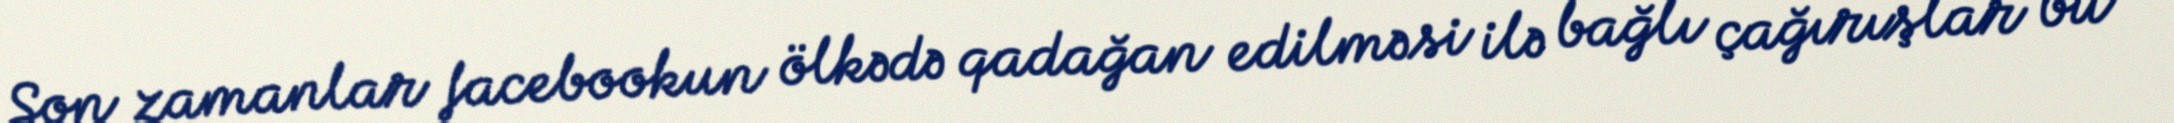
Son zamanlar facebookun ölkədə qadağan edilməsi ilə bağlı çağırışlar bu